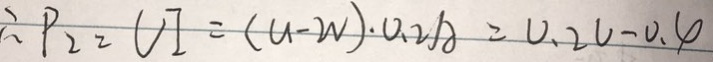
\therefore P _ { 2 } = U I = ( u - w ) \cdot 0 . 2 A = 0 . 2 v - 0 . 4